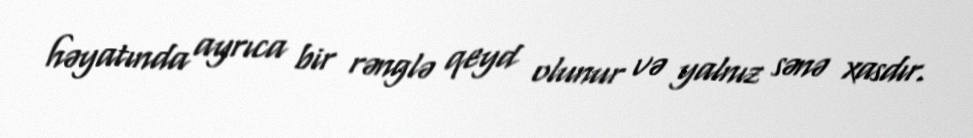
həyatında ayrıca bir rənglə qeyd olunur və yalnız sənə xasdır.